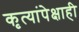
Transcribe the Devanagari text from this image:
कृत्यांपेक्षाही